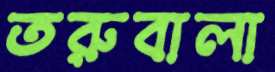
তরুবালা